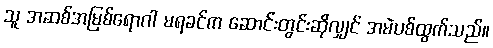
သူ အဆစ်အမြစ်ရောဂါ မရခင်က ဆောင်းတွင်းဆိုလျှင် အမဲပစ်ထွက်သည်။